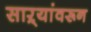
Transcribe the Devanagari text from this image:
साऱ्यांवरून